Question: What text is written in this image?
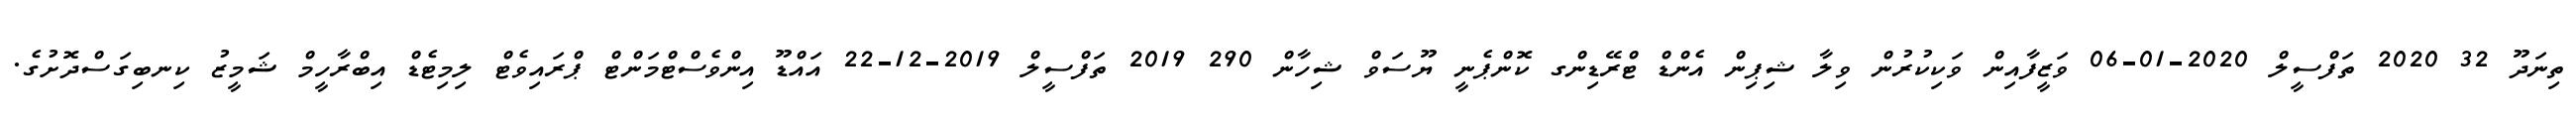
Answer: ތިނަދޫ 32 2020 ތަފްސީލް 2020-01-06 ވަޒީފާއިން ވަކިކުރުން ވިލާ ޝިޕިން އެންޑް ޓްރޭޑިންގ ކޮންޕެނީ ޔޫސަވް ޝިހާން 290 2019 ތަފްސީލް 2019-12-22 އައްޑޫ އިންވެސްޓްމަންޓް ޕްރައިވެޓް ލިމިޓެޑް އިބްރާހީމް ޝަމީޒު ކިނބިގަސްދޮށުގެ.